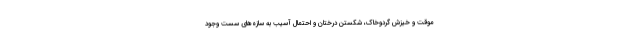
موقت و خیزش گردوخاک، شکستن درختان و احتمال آسیب به سازه‌های سست وجود